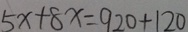
5 x + 8 x = 9 2 0 + 1 2 0